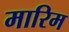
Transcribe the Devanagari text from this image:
मारिम